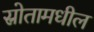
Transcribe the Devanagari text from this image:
स्रोतामधील